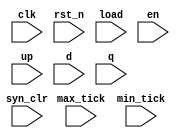
// This program was cloned from: https://github.com/AngeloJacobo/FPGA_Book_Experiments
// License: MIT License

`timescale 1ns / 1ps

module monitor
	#(parameter N=3)
	(
	input clk,rst_n,
	input syn_clr,load,en,up,
	input[N-1:0] d,
	input[N-1:0] q,
	input max_tick,min_tick
    );
	 reg syn_clr_reg,load_reg,en_reg,up_reg,rst_reg;
	 reg[N-1:0] d_reg,result,q_reg;
	 reg[39:0] msg;
	 initial begin
		$display("time sync_clr/load/en/up q result msg");
	 end
	 always @(posedge clk) begin
		syn_clr_reg<=syn_clr;
		load_reg<=load;
		en_reg<=en;
		up_reg<=up;
		d_reg<=d;
		q_reg<=q;
		rst_reg<=1;
		msg=(result===q)?" ":"ERROR";
		$strobe("%0d %b%b%b%b %0d %0d %s",$time,syn_clr,load,en,up,q,result,msg);
	 end
	 
	 always @* begin
		if(!rst_n) rst_reg=0;
		if(!rst_reg) result=0;
		else begin
			if(syn_clr_reg) result=0;
			else if(load_reg) result=d;
			else if(en_reg && up_reg) result=q_reg+1;
			else if(en_reg && !up_reg) result=q_reg-1;
			else result=q_reg;
		end
	 end
	 
endmodule